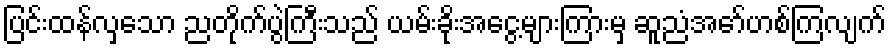
ပြင်းထန်လှသော ညတိုက်ပွဲကြီးသည် ယမ်းခိုးအငွေ့များကြားမှ ဆူညံအော်ဟစ်ကြလျက်